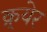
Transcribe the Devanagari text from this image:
क्र्येर